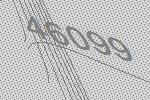
46099